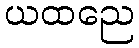
ယထညေ